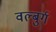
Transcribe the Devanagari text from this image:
वल्बुर्ग